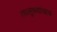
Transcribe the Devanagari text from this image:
तालुक्यांचाच